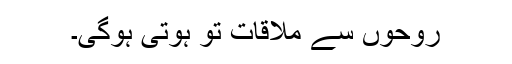
روحوں سے ملاقات تو ہوتی ہوگی۔